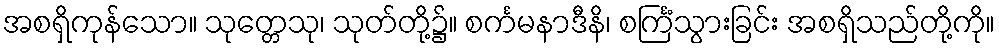
အစရှိကုန်သော။ သုတ္တေသု၊ သုတ်တို့၌။ စင်္ကမနာဒီနိ၊ စင်္ကြံသွားခြင်း အစရှိသည်တို့ကို။